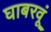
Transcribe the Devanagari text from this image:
घाबरवूं